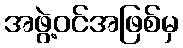
အဖွဲ့ဝင်အဖြစ်မှ